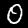
Digit: 0